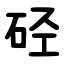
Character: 硁